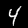
Digit: 4